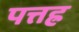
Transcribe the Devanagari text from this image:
पत्तह्र